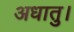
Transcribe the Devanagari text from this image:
अधातु।